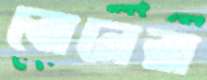
বোনেরা